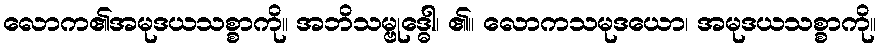
လောက၏အမုဒယသစ္စာကို။ အဘိသမ္ဗုဒ္ဓေါ၊ ၏။ လောကသမုဒယော၊ အမုဒယသစ္စာကို။